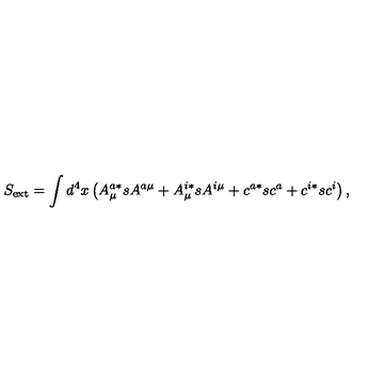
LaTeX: S _ { \mathrm { e x t } } = \int d ^ { 4 } x \left( A _ { \mu } ^ { a * } s A ^ { a \mu } + A _ { \mu } ^ { i * } s A ^ { i \mu } + c ^ { a * } s c ^ { a } + c ^ { i * } s c ^ { i } \right) ,